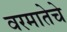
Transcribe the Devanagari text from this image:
वरमातेचे